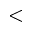
<